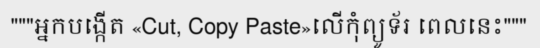
"""អ្នកបង្កើត «Cut, Copy Paste»លើកុំព្យូទ័រ ពេលនេះ"""